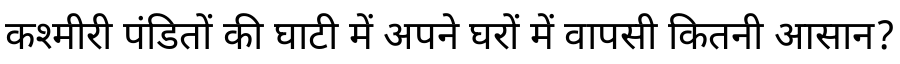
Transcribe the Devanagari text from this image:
कश्मीरी पंडितों की घाटी में अपने घरों में वापसी कितनी आसान?